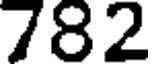
782